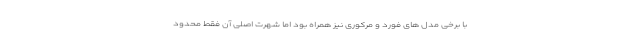
با برخی مدل های فورد و مرکوری نیز همراه بود اما شهرت اصلی آن فقط محدود